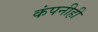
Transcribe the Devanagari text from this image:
कंपनीही